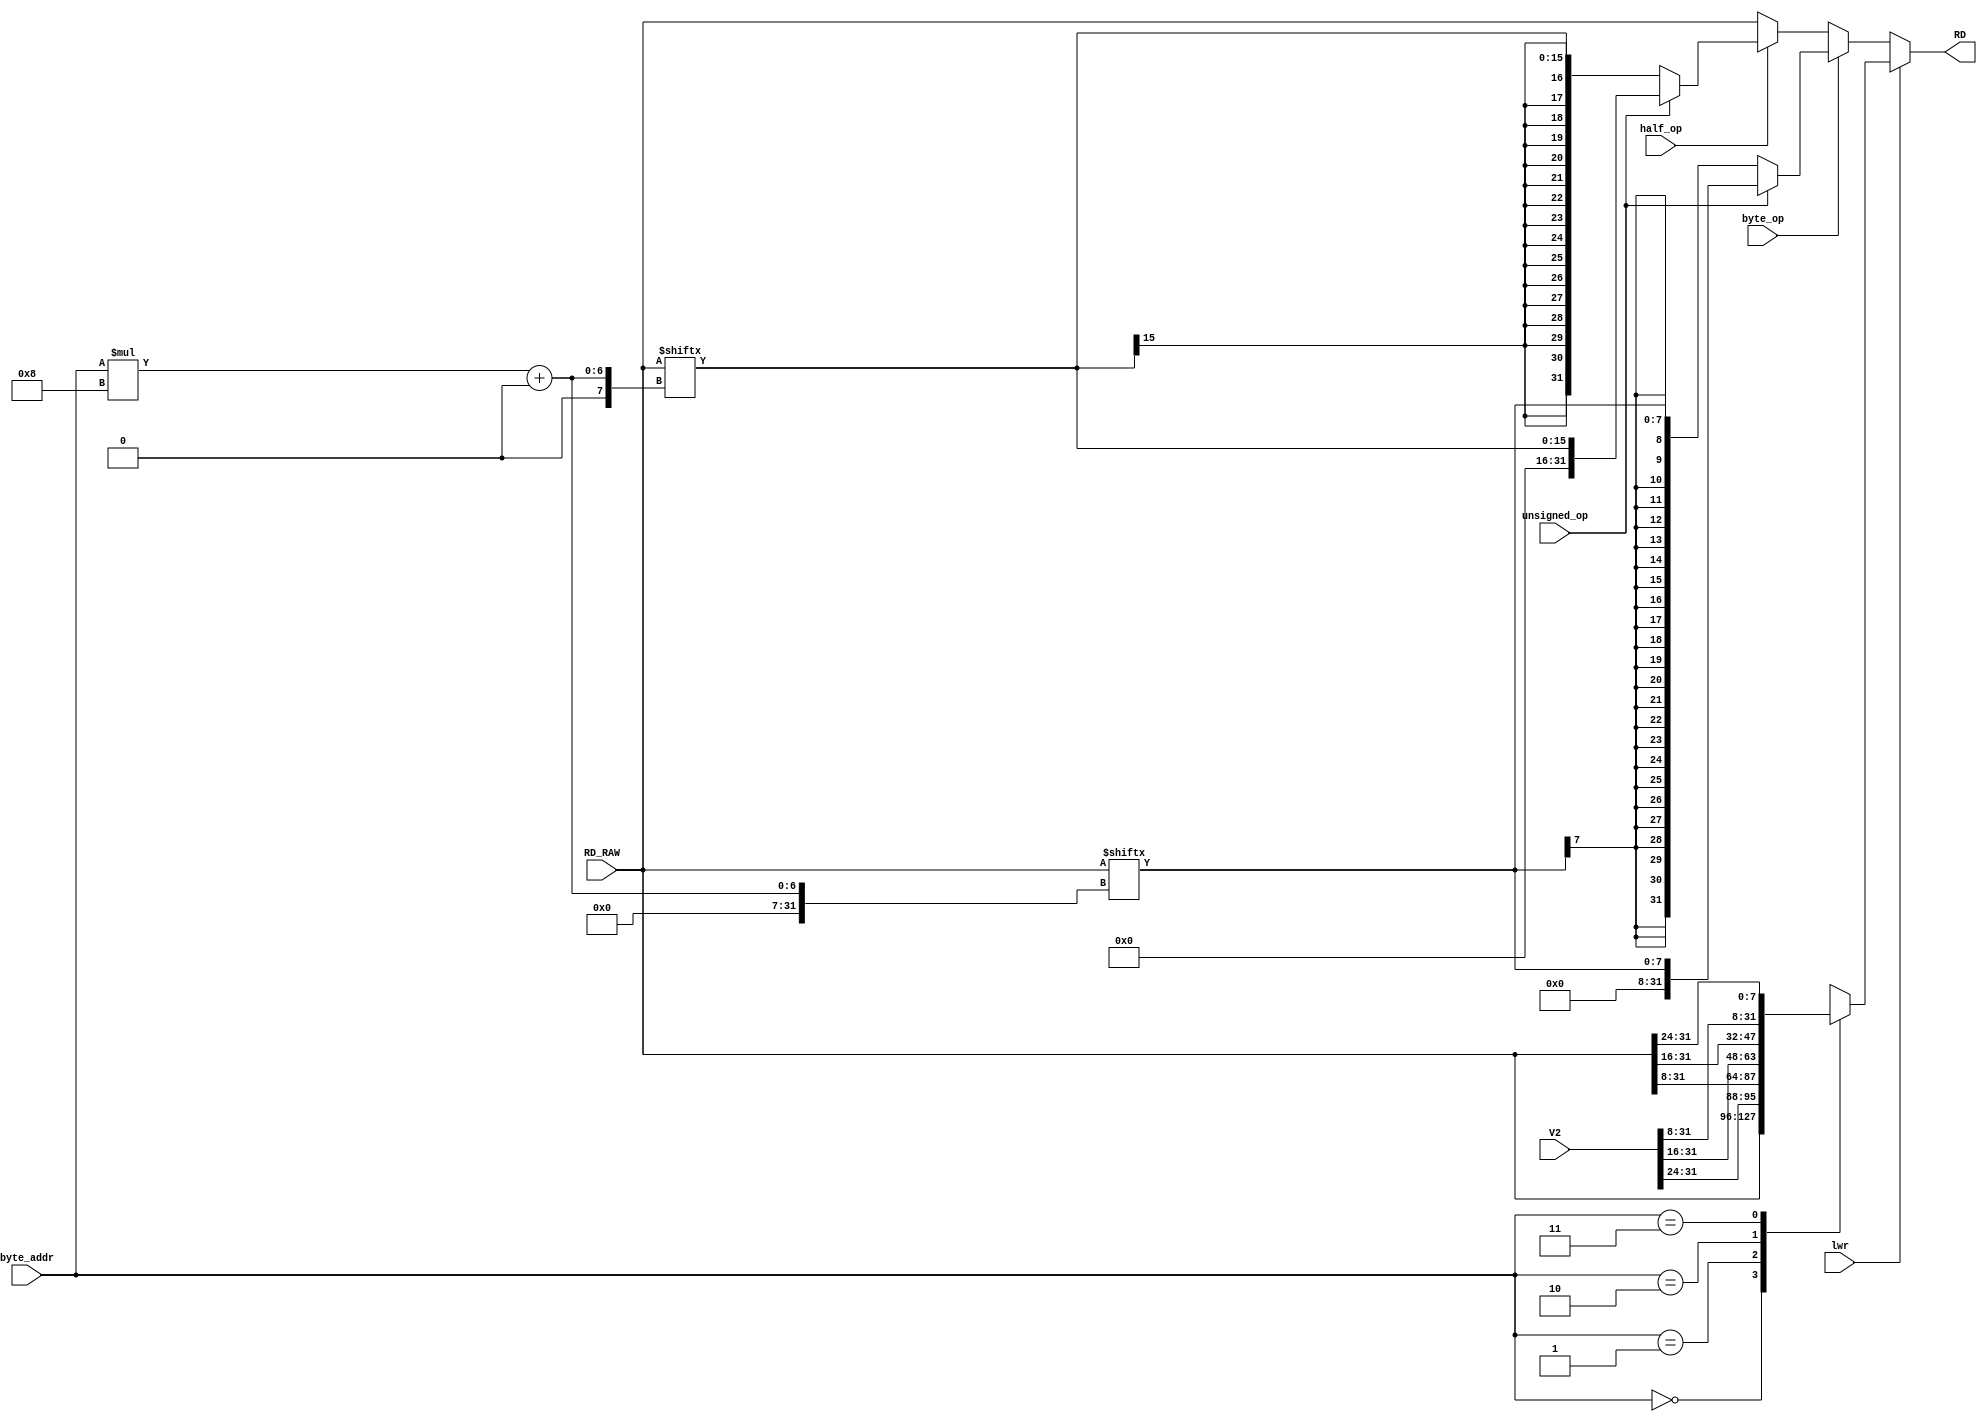
module RDP(byte_op,half_op,unsigned_op,lwr,byte_addr,RD_RAW,V2,RD); //RD's processor
//input
    input byte_op;
    input half_op;
    input unsigned_op;
	
	input lwr;

    input [1:0] byte_addr;
    
    input [31:0] RD_RAW;
	input [31:0] V2;
//output
    output reg [31:0] RD;

//load
	always @(*)
		begin
			if(lwr)
				begin
					case(byte_addr)
						0:RD=RD_RAW;
						1:RD={V2[31:24],RD_RAW[31:8]};
						2:RD={V2[31:16],RD_RAW[31:16]};
						3:RD={V2[31:8],RD_RAW[31:24]};
					endcase
				end
			else if(byte_op)
				begin
					if(unsigned_op)RD=RD_RAW[(byte_addr*8)+:8];
					else RD=$signed(RD_RAW[(byte_addr*8)+:8]);
				end
			else if(half_op)
				begin
					if(unsigned_op)RD=RD_RAW[(byte_addr*8)+:16];
					else RD=$signed(RD_RAW[(byte_addr*8)+:16]);
				end
			else RD=RD_RAW;
		end
    
endmodule